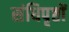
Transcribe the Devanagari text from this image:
संधिपृष्ठों